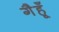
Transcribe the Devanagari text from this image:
गैहूँ